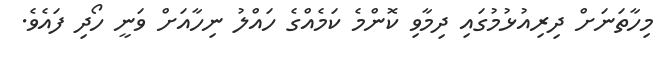
މިހާތަނަށް ދިރިއުޅުމުގައި ދިމާވި ކޮންމެ ކަމެއްގެ ހައްލު ނިހާއަށް ވަނީ ހޯދި ފައެވެ.